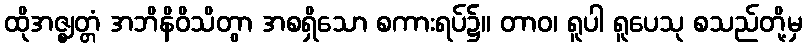
ထိုအဇ္ဈတ္တံ အဘိနိဝိသိတွာ အစရှိသော စကားရပ်၌။ တာဝ၊ ရူပါ ရူပေသု စသည်တို့မှ